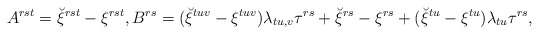
\begin{align*}A^{rst}=\breve\xi^{rst}-\xi^{rst}, B^{rs}= (\breve\xi^{tuv}-\xi^{tuv})\lambda_{tu,v}\tau^{rs}+\breve\xi^{rs}-\xi^{rs}+(\breve\xi^{tu}-\xi^{tu})\lambda_{tu}\tau^{rs},\end{align*}